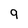
Character: 9